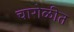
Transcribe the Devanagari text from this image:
चारोळीत